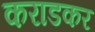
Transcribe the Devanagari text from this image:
कराडकर